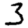
Digit: 3